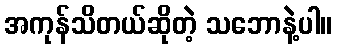
အကုန်သိတယ်ဆိုတဲ့ သဘောနဲ့ပါ။